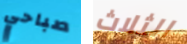
صباحي الثلاث